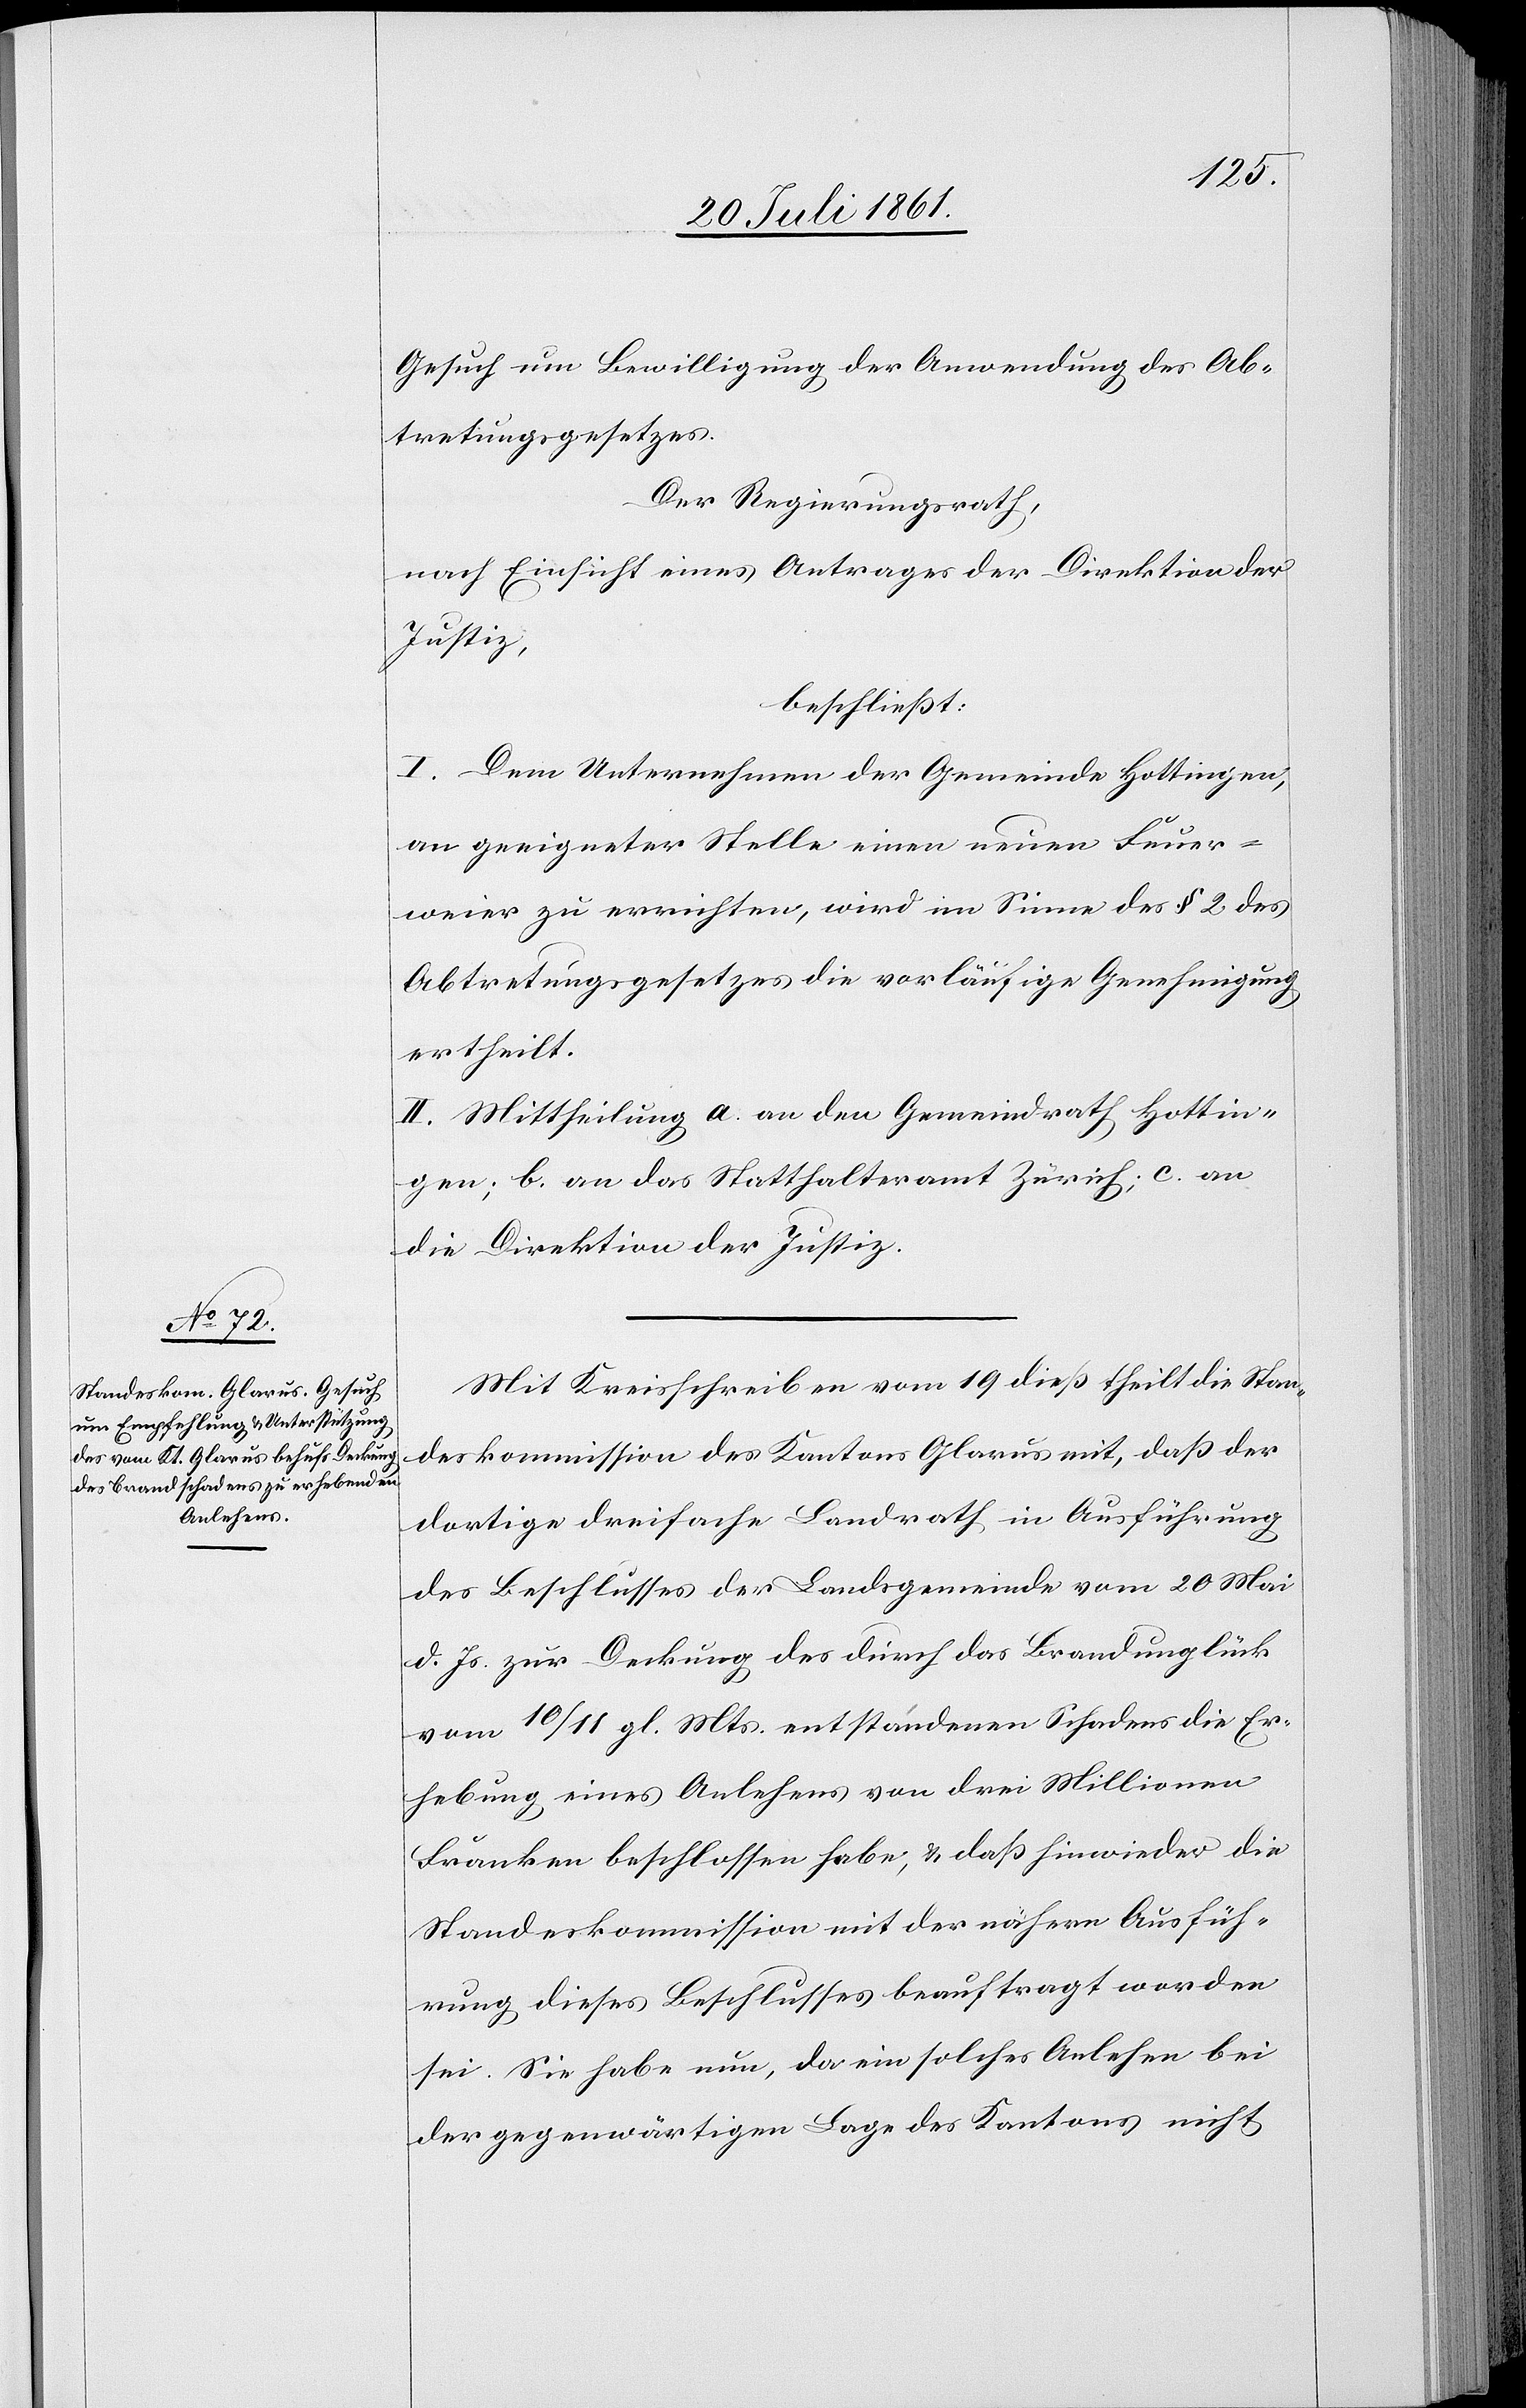
Gesuch um Bewilligung der Anwendung des Ab¬
tretungsgesetzes.
Der Regierungsrath,
nach Einsicht eines Antrages der Direktion der
Justiz,
beschließt:
I. Dem Unternehmen der Gemeinde Hottingen,
an geeigneter Stelle einen neuen Feuer¬
weier zu errichten, wird im Sinne des § 2 des
Abtretungsgesetzes die vorläufige Genehmigung
ertheilt.
II. Mittheilung a. an den Gemeindrath Hottin¬
gen; b. an das Statthalteramt Zürich, c. an
die Direktion der Justiz.
Mit Kreisschreiben vom 19 dieß theilt die Stan¬
deskommission des Kantons Glarus mit, daß der
dortige dreifache Landrath in Ausführung
des Beschlusses der Landsgemeinde vom 20 Mai
d. Js. zur Deckung des durch das Brandunglück
vom 10/11 gl. Mts. entstandenen Schadens die Er¬
hebung eines Anlehens von drei Millionen
Franken beschlossen habe, u. daß hinwieder die
Standeskommission mit der nähern Ausfüh¬
rung dieses Beschlusses beauftragt worden
sei. Sie habe nun, da ein solches Anlehen bei
der gegenwärtigen Lage des Kantons nicht